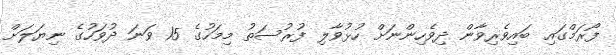
ފޯރަމްގައި ބައިވެރިވާން ދިވެހިންނަށް ހުޅުވާލި ފުރުސަތު މިމަހުގެ 15 ވަނަ ދުވަހުގެ ނިޔަލަށް